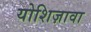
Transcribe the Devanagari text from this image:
योशिज़ावा